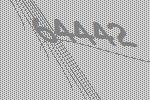
64442